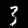
Digit: 3